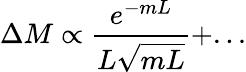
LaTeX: \Delta M\propto\frac{e^{-mL}}{L\sqrt{mL}}+...